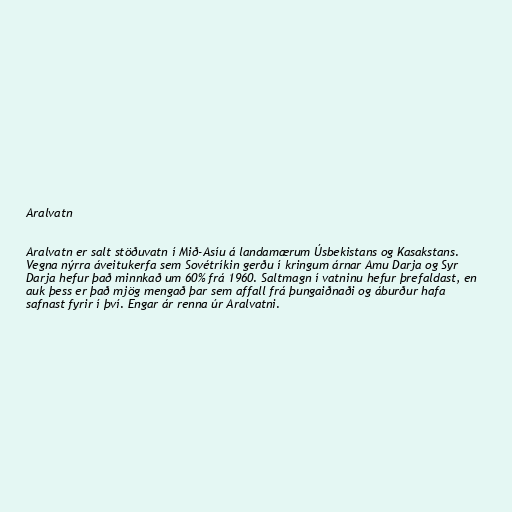
Aralvatn

Aralvatn er salt stöðuvatn í Mið-Asíu á landamærum Úsbekistans og Kasakstans.
Vegna nýrra áveitukerfa sem Sovétríkin gerðu í kringum árnar Amu Darja og Syr
Darja hefur það minnkað um 60% frá 1960. Saltmagn í vatninu hefur þrefaldast, en
auk þess er það mjög mengað þar sem affall frá þungaiðnaði og áburður hafa
safnast fyrir í því. Engar ár renna úr Aralvatni.